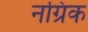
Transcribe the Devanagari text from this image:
नग्रिक